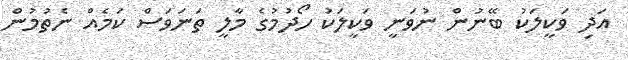
އަދި ވަކީލަކު ބޭނުން ނުވަނީ ވަކީލަކު ހޯދުމުގެ މާލީ ތަނަވަސް ކަމެއް ނެތުމުން